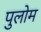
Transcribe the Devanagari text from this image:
पुलोम